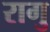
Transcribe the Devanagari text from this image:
रागु